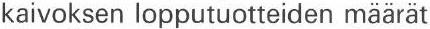
kaivoksen lopputuotteiden määrät